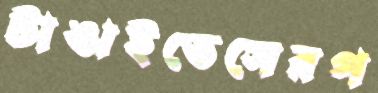
টাঙাইতেসেরপ